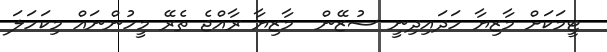
ޓީމަކަށް މާޒިޔާ ހަދައިދިނީ ސުޒޭން  މާޒިޔާ ރާއްޖެ ތެރޭ މީހުންނައް މިކަހަލަ